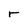
Character: r